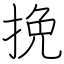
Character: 挽